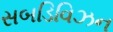
સબડિવિઝન